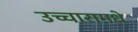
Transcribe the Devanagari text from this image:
उच्चारामधे